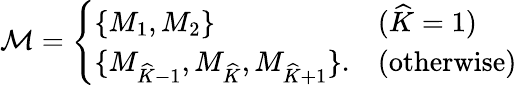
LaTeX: \begin{array}{r}{\mathcal{M}=\left\{ \begin{array}{ll}{\{ M_{1},M_{2}\} }&{(\widehat{K}=1)}\\ {\{ M_{\widehat{K}-1},M_{\widehat{K}},M_{\widehat{K}+1}\} .}&{(\textup{otherwise})}\end{array}\right.}\end{array}